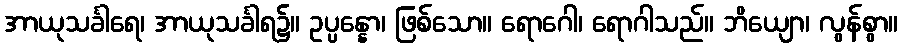
အာယုသင်္ခါရေ၊ အာယုသင်္ခါရ၌။ ဥပ္ပန္နော၊ ဖြစ်သော။ ရောဂေါ၊ ရောဂါသည်။ ဘိယျော၊ လွန်စွာ။